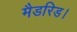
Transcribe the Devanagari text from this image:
मैडरिड।